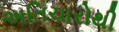
અતિચારોથી